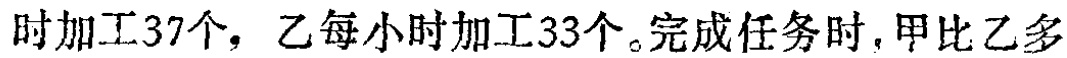
时加工37个，乙每小时加工33个。完成任务时，甲比乙多